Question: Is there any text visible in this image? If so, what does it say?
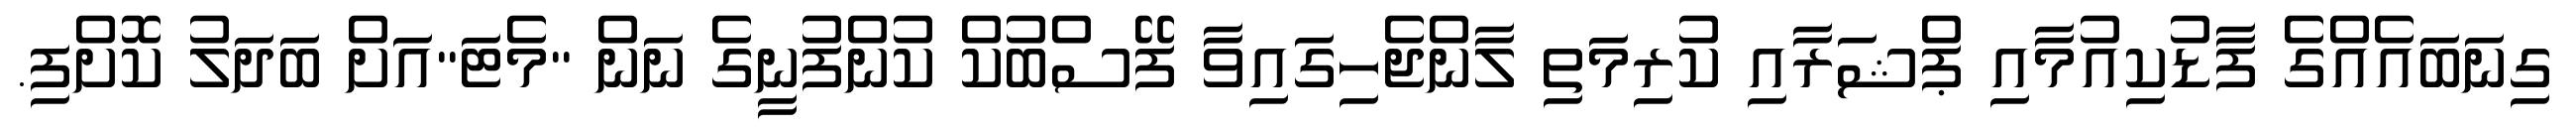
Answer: ގިނަބައެއްގެ ފާޑުކިއުމާއި ޕްޝަރާއި ކުރިމަތި ލާންޖެހިގައިވާ ފޭސްބުކް ކުންފުނީގެ ނަން "މެޓަ"އަށް ބަދަލު ކޮށްފި.